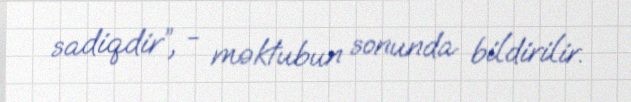
sadiqdir”, - məktubun sonunda bildirilir.